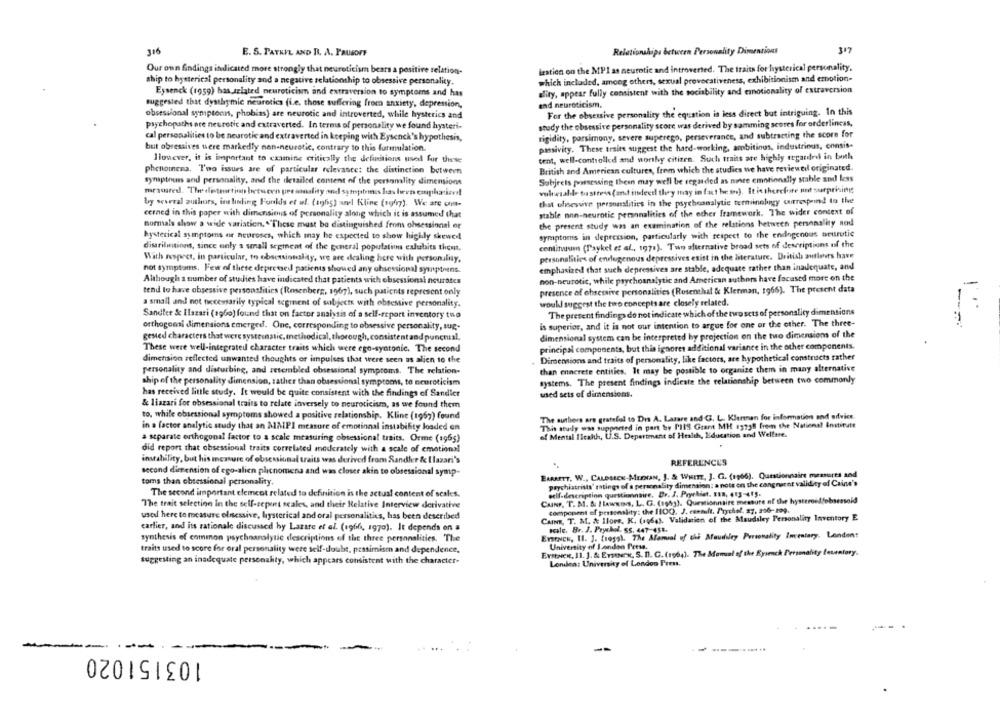
316
Relationships between Personality Dimensions
317
E. S. PATKYL AND B. A. PAUSOFT
Our own findings indicated more strongly that neuroticism bears a positive relation-
ization on the MPI as neurotic and introverted. The traits for hysterical personality.
which included, among others, sexual provocativeness, exhibitionism and emotion-
ship to hysterical personality and a negative relationship to obsessive personality.
Eysenck (1959) has selated neuroticism and extraversion to symptoms and has
ality, appear fully consistent with the sociability and emotionality of extraversion
suggested that dysthymic neurotics (i.e. those suffering from anxiety, depression,
and neuroticism.
obsessional symptoms, phobias) are neurotic and introverted, while hysterics and
For the obsessive personality the equation is less direct but intriguing. In this
study the obsessive personality score was derived by samming scores for orderlincas,
psychopaths are neurotic and extraverted. In terms of personality we found hysteri-
cal personalities to be neurotic and extraverted in keeping with Eysenck's hypothesis,
rigidity, porsimony, severe superego, perseverance, and subtracting the score for
but obsessives were markedly non-neurotic, contrary to this formulation.
passivity. These traits suggest the hard-working, ambitinos, industrious, consis-
Ilovever, it is important to examine critically the definitions used for these
tent, well-controlled and worthy citizen. Such traits are highly regardeel in both
phenomena. Too issues are of particular relevance: the distinction between
British and American cultures, from which the studies we have reviewed originated.
Subjrets possessing thein may well be regarded as ninte emotionally stable and less
symptouss and personality, and the detailed content of the personality dimensions
measured. The dessertinn between personality and symptomnos has heves emphasize !!
wlersable tostress (and indeed they may in fut be mn). It is therefore not surprising
that ofmesure personalities in the psychoanalytic terminolgy urresprind to the
by several authors, in handling Funkls et al. (agghis) anel Kline (1967). We are out-
cerned in this paper with dimensions of personality along which it is assumed that
stable non-neurotic personalities of the other framework. The wider context of
the present study was an examination of the relations between personality nodd
normals show a wide variation. ""These must be distinguished from obsessional og
hysterical symptoms of neuroses, which may be expected to show highly skewed
symptoms in depression, particularly with respect to the endogenous seurotic
continuum (Paykel et al ., 1971). Tun alternative brood sets of descriptions of the
disariluitions, since only a small segment of the general population exlubits theut.
With respect, in particular, to obsessionality, we are dealing here with personality,
personalities of endogenous depressives exist in the literature. British authors have
emphasized that such depressives are stable, adequate rather than inadequate, and
not symptoms, Few of these depressed patients showed any chsessional symptoens.
Although a number of studies have indicated that patients with obsessionsi nourates
non-neurotic, while psychoanalytic and American authors have focused more on the
tend to have obsessive personsfitics (Rosenberg, 1967), such patients represent only
presence of obsessive personalities (Rosenthal & Klerman, 1966). The present data
would suggest the two concepts are closely related.
a small and not necessarily typical segment of subjects with obsessive personality.
Sandler & Ilazari (sg60) found that on factor analysis of a self-report inventory tuo
The present findings do not indicate which of the two sets of personality dimensions
is superior, and it is not our intention to argue for one or the other. The three-
orthogonal dimensions emerged. One, corresponding to obsessive personality, sup-
gested characters that were systematic.methodical, thorough, consistentand punctual,
dimensional system can be interpreted by projection on the two dimensions of the
principal components, but this ignores additional variance in the other components.
These were well-integrated character traits which were ego-syntonic. The second
dimension reflected unwanted thoughts or impulses that were seen as alien to the
Dimensions and traits of personality, like factors, are hypothetical constructs rather
than enncrete entities. It may be possible to organize them in many alternative
personality and disturbing, and resembled obsessional symptoms. The relation-
ship of the personality dimension, rather than obsessional symptoms, to neuroticism
systems. The present findings indicate the relationship between two commonly
has received little study. It would be quite consistent with the findings of Sandler
used sets of dimensions.
& liazari for obsessional traits to relate inversely to neuroticism, as we found them
to, while obsessional symptoms showed a positive relationship. Kline (1957) found
The authors are grateful to Dis A. Lazare and.G. L. Klernan for information and advice
This study was supported in part boy PIS Grant MH 12758 from the National Institute
in a factor analytic study that an AMPI measure of emotional instability loaded on
a separate orthogonal factor to a scale measuring obsessional traits. Orme (196;)
of Mental Ilcalh, U.S. Department of Health, Education and Welfare.
did report that obsessionat traits correlated moderately with a scale of emotional
instability, but his measure of obsessiunal traits was derived from Sandler &e Ilazari's
REFERENCES
second dimension of ego-alien plicnomena and was closer akin to obsessional symp-
BARAETT. W ., CALDALEN-MEDIAN, J. & WHITE, J. G. (1966). Questionnaire measures and
toms than obsessional personality,
psychiatrists' etings of a personality dimension: a note on the cang nar nt validity of Caine's
The second important element related to definition is the actual content of scales.
edif-description questionnaire. Dr. J. Prychist. E18, 413-415.
The trait selection In the self-sepet scales, and their Relative Interview derivative
CAINF. T. M. & I lawwins, L. G. (19hy). Questionnaire measure of the hysteroeffobsess
component of personality: the 1100. J. emailt. Prychol. 27, 256-199.
used here to measure elnsessive, hysterical and oral personalities, has been described
CAINR, T. M. & Ilors, K. (1964). Validation of the Maudsley Personality Inventory E
carlier, and its rationale discussed hy Lazate et al. (1966, 1970). It depends on a
scale. Br. J. Prychal. 5S. 447-458.
synthesis of common psychoanalytic descriptions of the three personalities. The
EYstack, Il. J. frogs). The Manual of the Mouthley Personality Imentary. London:
University of London Press.
traits used to score for oral personality were self-doubt, pessimism and dependence,
Erstwex, 11. J. & Ersterx, S. D. G. (1964). The Manual of the Eysenck Personality Leventary.
suggesting an inadequate personality, which appears consistent with the character-
Londen: University of London Pren.
---
103151020